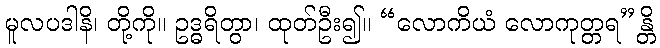
မူလပဒါနိ၊ တို့ကို။ ဥဒ္ဓရိတွာ၊ ထုတ်ဦး၍။ “လောကိယံ လောကုတ္တရ”န္တိ